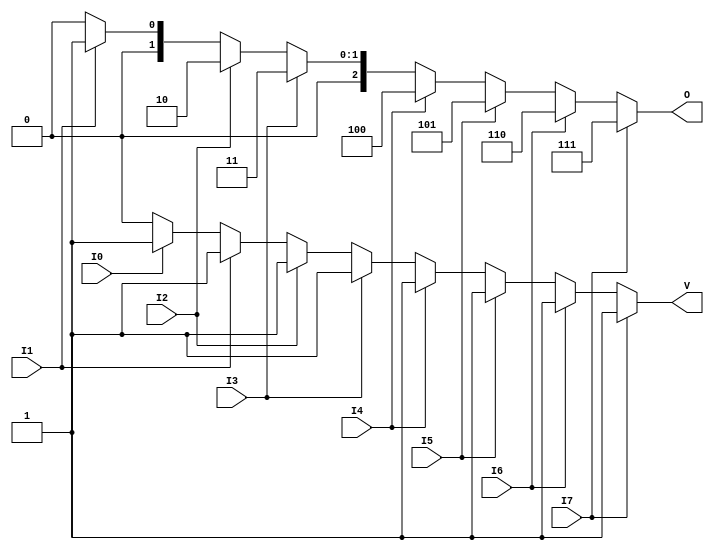
module encoder_8_to_3 (
    input wire I0, I1, I2, I3, I4, I5, I6, I7,  // 8 input lines
    output reg [2:0] O,  // 3-bit output
    output reg V         // Valid output
);

// Combinational logic to encode the inputs
always @(*) begin
    // Default values
    O = 3'b000; // Default output when no active input
    V = 1'b0;   // Default valid signal is low

    if (I7) begin
        O = 3'b111; // Output for I7
        V = 1'b1;   // Set valid flag
    end else if (I6) begin
        O = 3'b110; // Output for I6
        V = 1'b1;
    end else if (I5) begin
        O = 3'b101; // Output for I5
        V = 1'b1;
    end else if (I4) begin
        O = 3'b100; // Output for I4
        V = 1'b1;
    end else if (I3) begin
        O = 3'b011; // Output for I3
        V = 1'b1;
    end else if (I2) begin
        O = 3'b010; // Output for I2
        V = 1'b1;
    end else if (I1) begin
        O = 3'b001; // Output for I1
        V = 1'b1;
    end else if (I0) begin
        O = 3'b000; // Output for I0
        V = 1'b1;
    end
    // If none of the inputs are active, O remains 3'b000 and V remains 0
end

endmodule